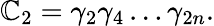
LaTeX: \mathbb{C}_{2}=\gamma_{2}\gamma_{4}\ldots\gamma_{2n}.